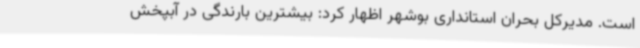
است. مدیرکل بحران استانداری بوشهر اظهار کرد: بیشترین بارندگی در آبپخش